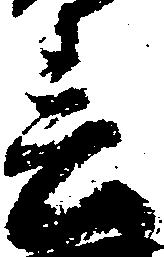
春